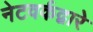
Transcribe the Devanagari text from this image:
नेटवर्कद्वारे